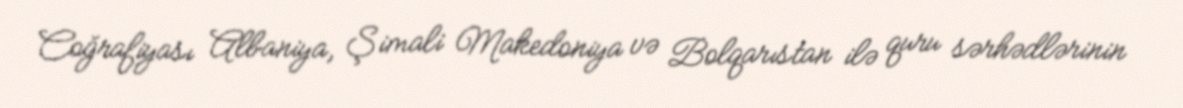
Coğrafiyası Albaniya, Şimali Makedoniya və Bolqarıstan ilə quru sərhədlərinin